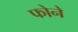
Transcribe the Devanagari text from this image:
फोने